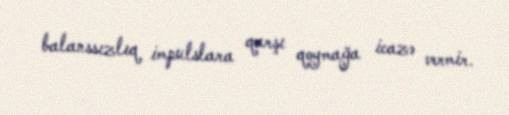
balanssızlıq impulslara qarşı qoymağa icazə vermir.